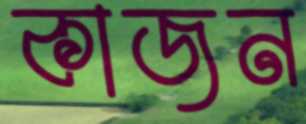
কাজন